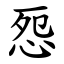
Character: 㤪